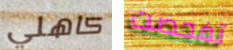
كاهلي تفحصت